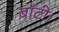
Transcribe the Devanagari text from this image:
बाँटी।